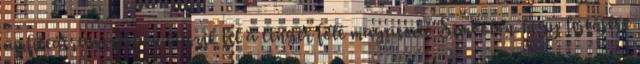
amfiteátrumszerűen kúszik fel a tenger fölé magasodó Simvolon-hegy lejtőjére